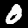
Label: 0